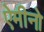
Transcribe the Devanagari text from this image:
ऐमीनो